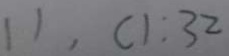
1 1 , C 1 : 3 2